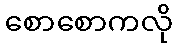
စောစောကလို